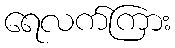
ရေလက်ကြား